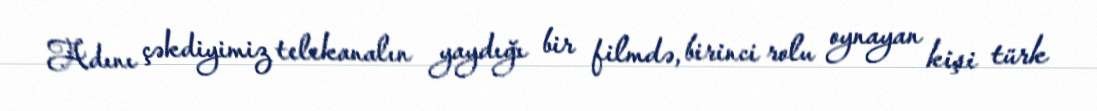
Adını çəkdiyimiz telekanalın yaydığı bir filmdə, birinci rolu oynayan kişi türk